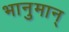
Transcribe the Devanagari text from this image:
भानुमान्